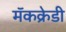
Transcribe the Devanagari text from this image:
मॅकक्रेडी